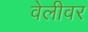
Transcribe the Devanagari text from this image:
वेलीवर